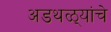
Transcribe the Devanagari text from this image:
अडथळ्यांचे